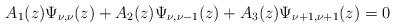
LaTeX: \begin{align*}A_1(z)\Psi_{\nu,\nu}(z)+A_2(z)\Psi_{\nu,\nu-1}(z)+A_3(z)\Psi_{\nu+1,\nu+1}(z)=0\end{align*}